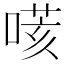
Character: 𠹽